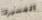
المسيرة